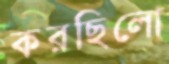
করছিলো